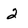
Character: 2